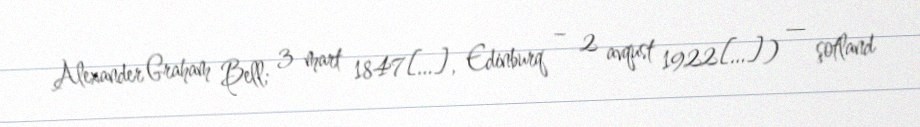
Alexander Graham Bell; 3 mart 1847[…], Edinburq – 2 avqust 1922[…]) — şotland